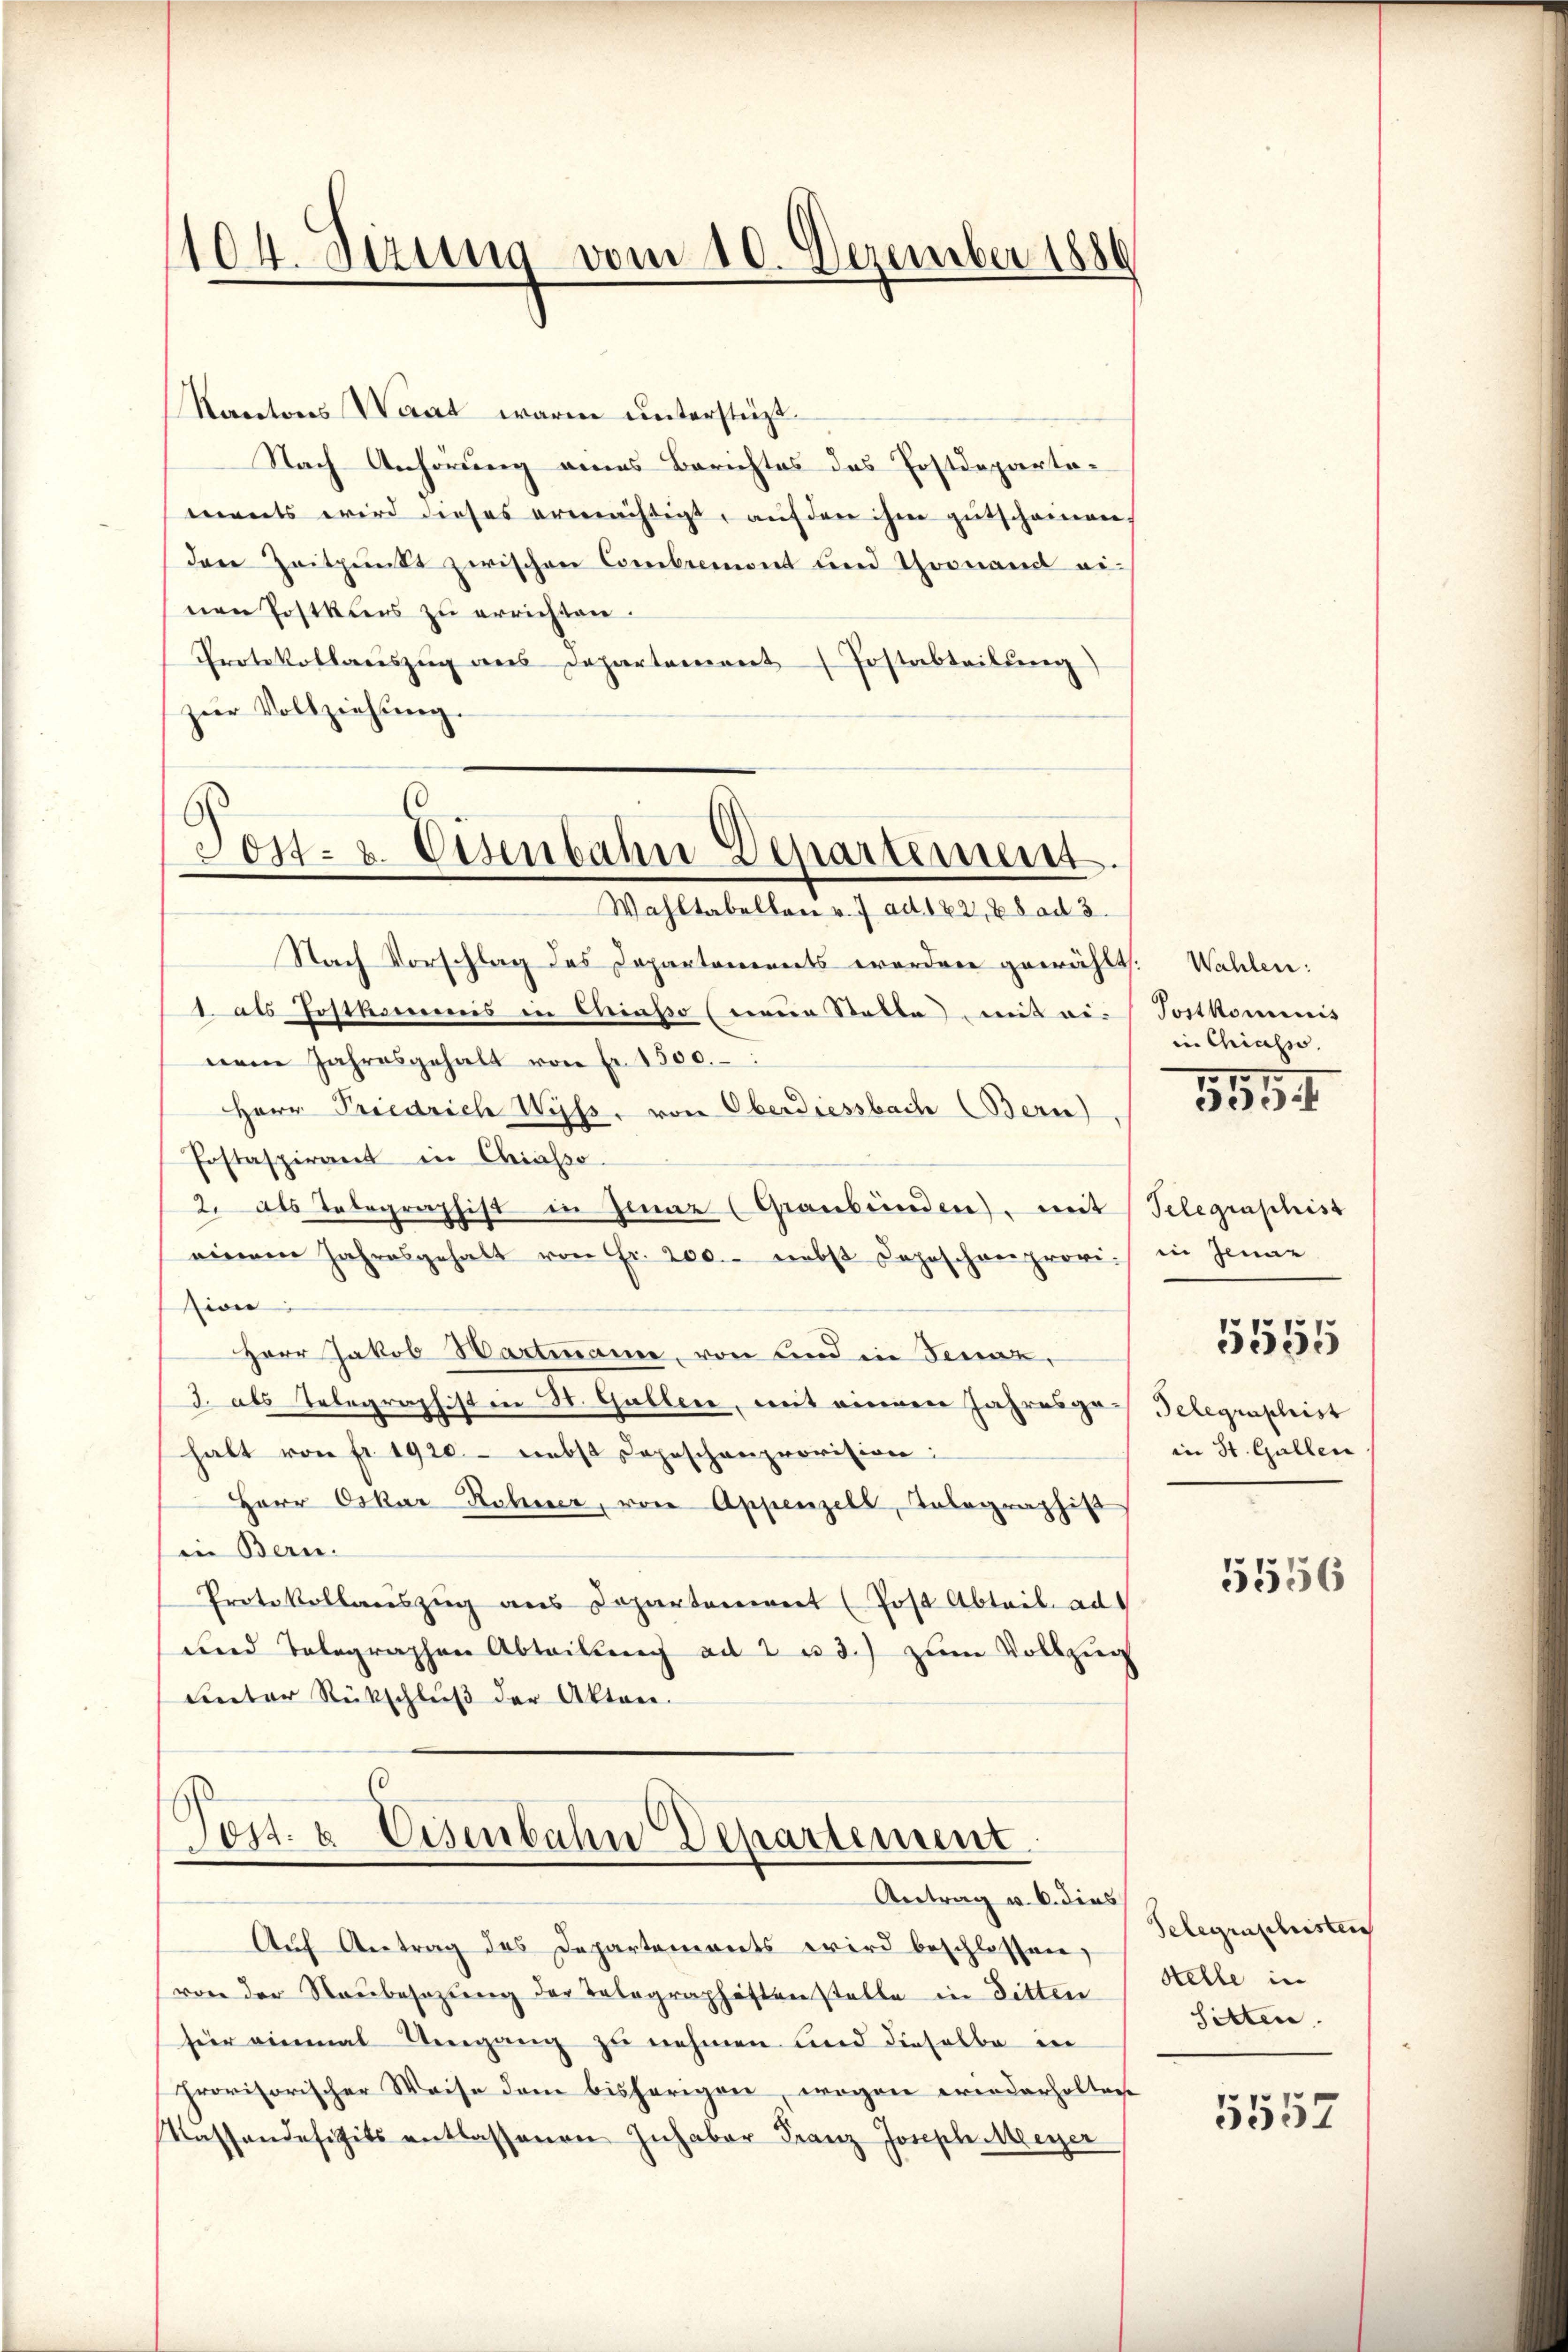
104. Vizung vom 10. Dezember 1886

Kantons Waat warm unterstüzt.
Nach Anhörung eines Berichtes das Postdepartiments wird dieses ermächtigt, auf den ihm gutscheinen,
den Zeitpunkt zwischen Combiement und Thonand ei-
nen Postkurs zu errichten.
Protokollauszug aus Departement Jostabteilung)
zur Vollziehung.

Jost- u. Eisenbahn Departement
Wahltabellon v. 7 ad 182, 28 ad 3.

Nach Vorschlag des Departanereits worden gewählt. Wahlen:
1 als Postkommnis in Chiasso (neur Stelle mit ei-Tortkommis
nem Jahresgehalt von Fr. 1500.
Herr Friedrich Wyss, von Oberdiessbach Bern)
Fostaspirant in Chiasso.
2. als Telegraphist in Jear (Graubünden, mit Telegraphist
einem Jahresgehalt von Fr. 200. nebst Depeschenprovi in Jenaz
sion:
Herr Jakob Hartmann, von und in Fenaz,
3. als Telegraphist in St. Gallen, mit einem Jahresgass Telegraphist
halt von Fr. 1920.- nebst Depeschenprovision:
Herr Oskar Rohner, von Appenzell, Telegraphis
in Bern.
Protokollauszug aus Departement (Post Abteil ad
und Telegraphen Abteilung ad 2 u 3.) zum Vollzug
unter Rückschluß der Akten.

Post- & Eisenbahn Departement
Antrag u. b. dies

Aŭf Antrag des Departements wird beschlossen,
von der Raubesazung der Telegraphistenstelle in Bitten
für einmal Umgang zu nehmen und dieselbe in
provisorischer Weise dem bisherigen, wogen wiederholten
Tassendefizits entlassenen Inhaber Franz Joseph Meyer

in Chiasso

115

in St. Gallen

5555

5556

Telegenschristen
Stelle in
Sitten.

5557